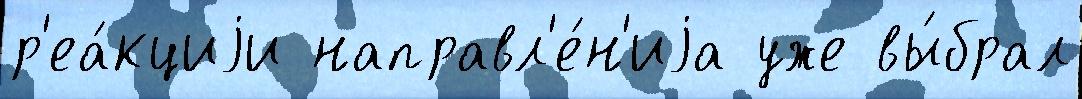
р'еа́кциjи направл'е́н'иjа уже вы́брал